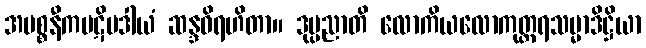
အပစ္စနီကပဋိပဒါယံ ဆန္ဒဝိရဟိတာ။ ဒုပ္ပညာတိ လောကိယလောကုတ္တရသမ္မာဒိဋ္ဌိယာ